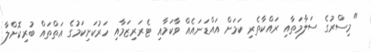
"މިސްރުގެ ސަލާމަތާއި ރައްކާތެރި ކަމަށް އައްޑަނައެއް ވާކަމާއި ޓެރަރިޒަމާއި ހަރުކަށިކަމުގެ އަތްތައް ބުރިކޮށްލާ